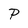
Character: P